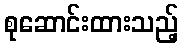
စုဆောင်းထားသည့်